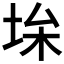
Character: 𡋠